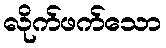
လိုက်ဖက်သော